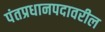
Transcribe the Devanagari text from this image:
पंतप्रधानपदावरील